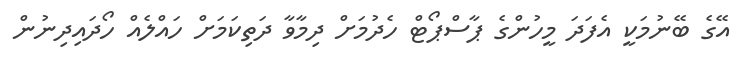
އޭގެ ބޭނުމަކީ އެފަދަ މީހުންގެ ޕާސްޕޯޓް ހެދުމަށް ދިމާވާ ދަތިކަމަށް ހައްލެއް ހޯދައިދިނުން